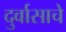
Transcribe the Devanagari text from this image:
दुर्वासाचे